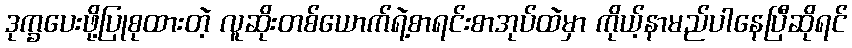
ဒုက္ခပေးဖို့ပြုစုထားတဲ့ လူဆိုးတစ်ယောက်ရဲ့စာရင်းစာအုပ်ထဲမှာ ကိုယ့်နာမည်ပါနေပြီဆိုရင်